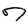
Digit: 7